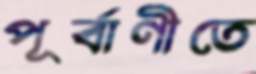
পূর্বাণীতে